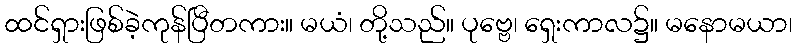
ထင်ရှားဖြစ်ခဲ့ကုန်ပြီတကား။ မယံ၊ တို့သည်။ ပုဗ္ဗေ၊ ရှေးကာလ၌။ မနောမယာ၊